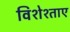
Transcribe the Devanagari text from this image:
विशेश्ताए